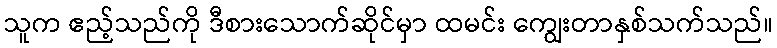
သူက ဧည့်သည်ကို ဒီစားသောက်ဆိုင်မှာ ထမင်း ကျွေးတာနှစ်သက်သည်။